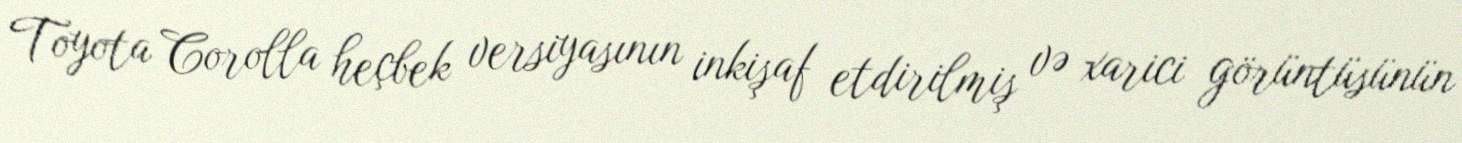
Toyota Corolla heçbek versiyasının inkişaf etdirilmiş və xarici görüntüsünün